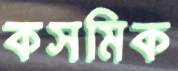
কসমিক